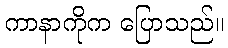
ကာနာကိုက ပြောသည်။